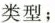
类型；